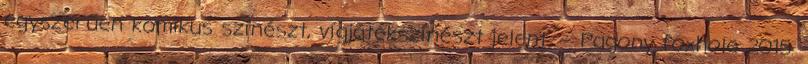
egyszerűen komikus színészt, vígjátékszínészt jelent. – Pagony foxhole 2015.